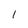
Character: l